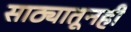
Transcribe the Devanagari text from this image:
साठ्यातूनही